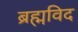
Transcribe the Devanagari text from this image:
ब्रह्मविद